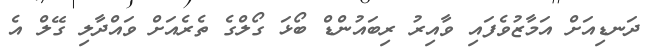
ދަނޑިއަށް އަމާޒުވެފައި ވާއިރު ރިބައުންޑް ބޯޅަ ގޯލްގެ ތެރެއަށް ވައްދާލި ގޭލް އެ